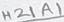
Text: H21A1